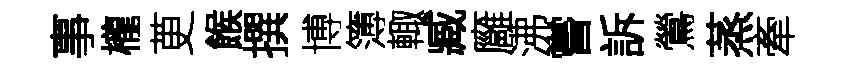
事櫳茰餱撰博簿輙臧廱沸嘗訴鶯蒸牽